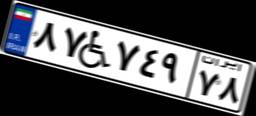
۸۷W۷۴۹۷۸